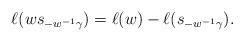
LaTeX: \begin{align*}\ell(ws_{-w^{-1}\gamma}) = \ell(w) - \ell(s_{-w^{-1}\gamma}).\end{align*}